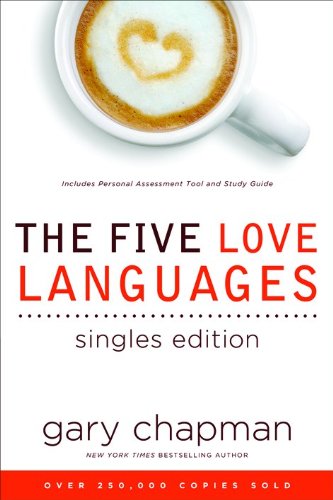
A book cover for The Five Love Languages Singles Edition; Gary D Chapman; Self-Help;